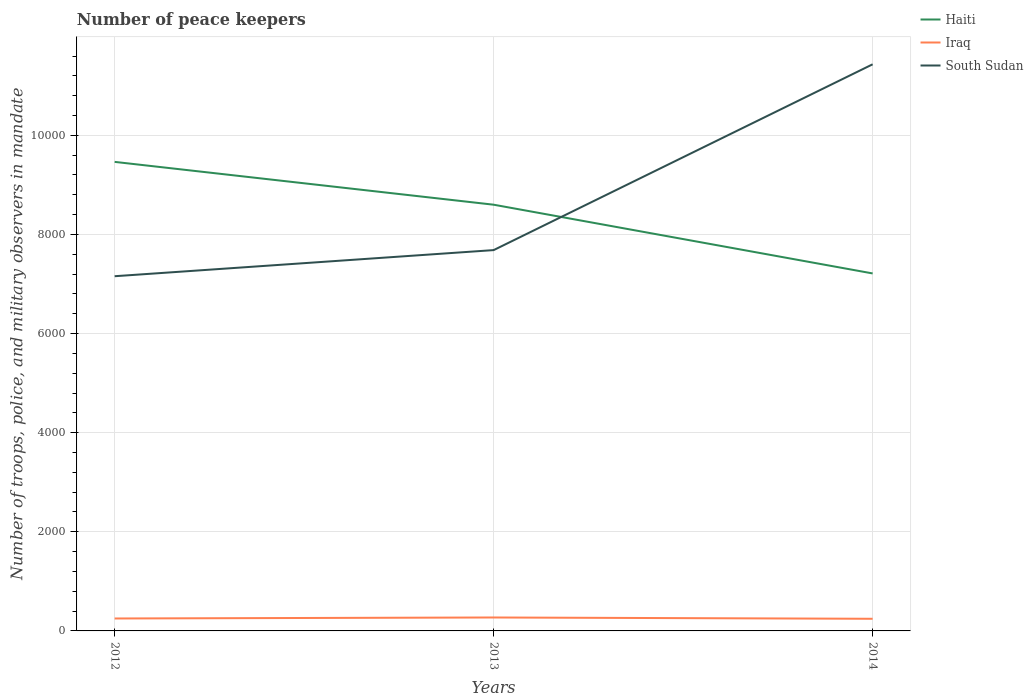
| Years | Haiti | Iraq | South Sudan |
 | --- | --- | --- | --- |
 | 2012 | 9.46e+03 | 251 | 7.16e+03 |
 | 2013 | 8.6e+03 | 271 | 7.68e+03 |
 | 2014 | 7.21e+03 | 245 | 1.14e+04 |